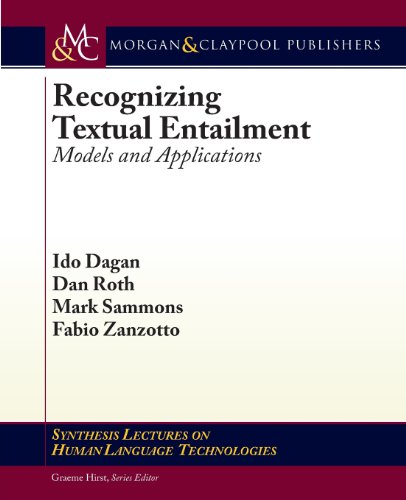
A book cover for Recognizing Textual Entailment: Models and Applications (Synthesis Lectures on Human Language Technologies); Ido Dagan; Computers & Technology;